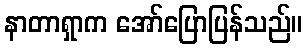
နာတာရှာက အော်ပြောပြန်သည်။